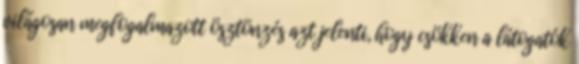
világosan megfogalmazott ösztönzés azt jelenti, hogy csökken a látogatók